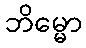
ဘိမ္မော